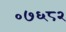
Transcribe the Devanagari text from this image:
०७६८२